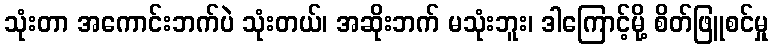
သုံးတာ အကောင်းဘက်ပဲ သုံးတယ်၊ အဆိုးဘက် မသုံးဘူး၊ ဒါကြောင့်မို့ စိတ်ဖြူစင်မှု